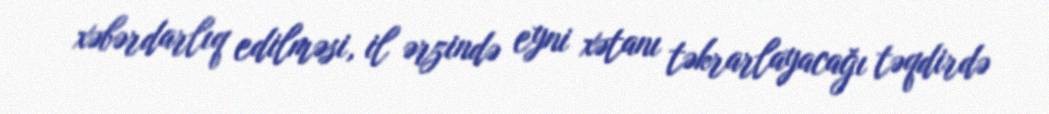
xəbərdarlıq edilməsi, il ərzində eyni xətanı təkrarlayacağı təqdirdə